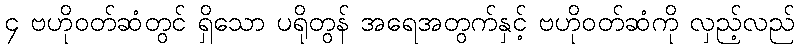
၄ ဗဟိုဝတ်ဆံတွင် ရှိသော ပရိုတွန် အရေအတွက်နှင့် ဗဟိုဝတ်ဆံကို လှည့်လည်